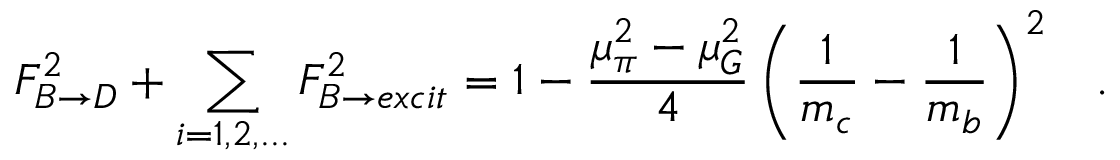
F _ { B \rightarrow D } ^ { 2 } + \sum _ { i = 1 , 2 , . . . } F _ { B \rightarrow e x c i t } ^ { 2 } = 1 - \frac { \mu _ { \pi } ^ { 2 } - \mu _ { G } ^ { 2 } } { 4 } \left( \frac { 1 } { m _ { c } } - \frac { 1 } { m _ { b } } \right) ^ { 2 } \; \; \; .